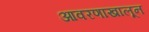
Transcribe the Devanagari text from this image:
आवरणाखालून